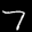
Label: 7